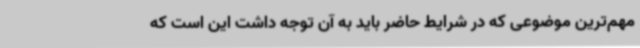
مهم‌ترین موضوعی که در شرایط حاضر باید به آن توجه داشت این است که